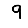
Digit: 9